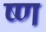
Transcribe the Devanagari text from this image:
ष्ण